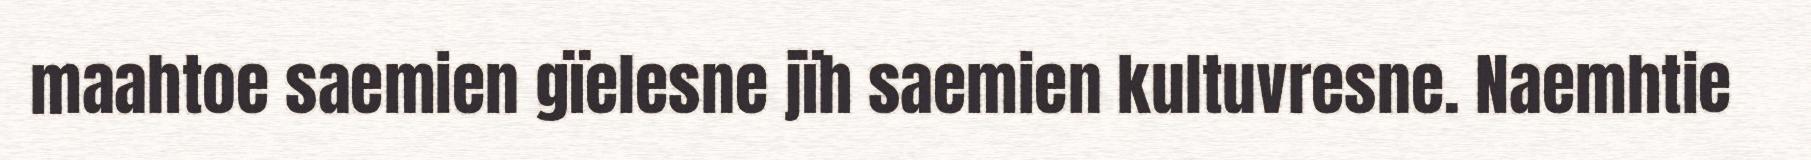
maahtoe saemien gïelesne jïh saemien kultuvresne. Naemhtie